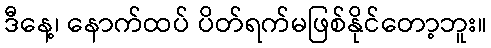
ဒီနေ့၊ နောက်ထပ် ပိတ်ရက်မဖြစ်နိုင်တော့ဘူး။